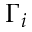
\Gamma _ { i }